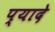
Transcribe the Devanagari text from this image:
प्‍यादे